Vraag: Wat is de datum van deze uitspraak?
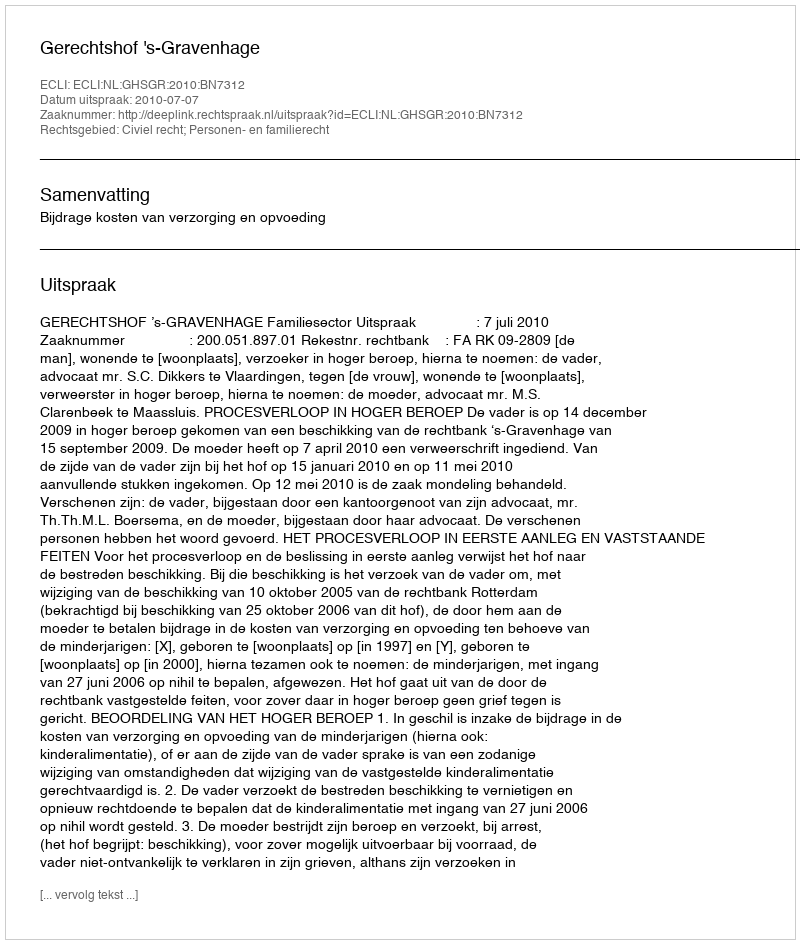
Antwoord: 2010-07-07